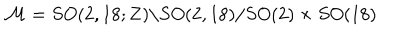
{ \cal M } = S O ( 2 , 1 8 ; { \bf Z } ) \backslash S O ( 2 , 1 8 ) / S O ( 2 ) \times S O ( 1 8 )